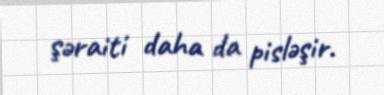
şəraiti daha da pisləşir.